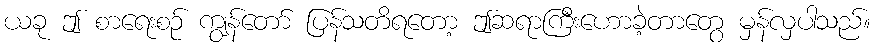
ယခု ဤ စာရေးစဉ် ကျွန်တော် ပြန်သတိရတော့ ဤဆရာကြီးဟောခဲ့တာတွေ မှန်လှပါသည်။